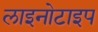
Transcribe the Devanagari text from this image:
लाइनोटाइप